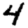
Digit: 4